Report on the Nagpur School of Medicine, Central Provinces
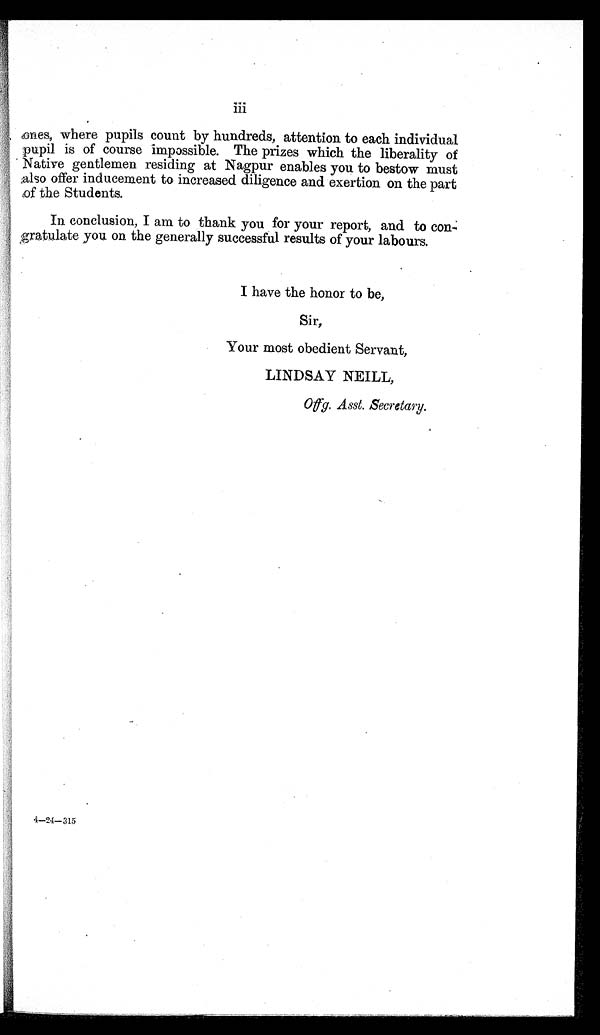
o n e s , w h e r e p u p i l s c o u n t b y h u n d r e d s , a t t e n t i o n t o e a c h i n d i v i d u a l
pupil is of course impossible. The prizes which the liberality of
Native gentlemen residing at Nagpur enables you to bestow must
also offer inducement to increased diligence and exertion on the part
of the Students.
In conclusion, I am to thank you for your report, and to con-
gratulate you on the generally successful results of your labours.
I have the honor to be,
Sir,
Your most obedient Servant,
LINDSAY NEILL,
Offg. Asst. Secretary.